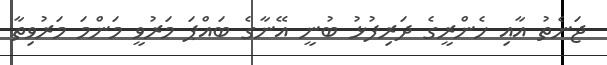
ޖަނެތު އާއި ހެންރީގެ ދަރިފުޅު ބުނީ އޭނާގެ ބައްޕަ މަރުވީ މަންމަ މަރުވިތާ